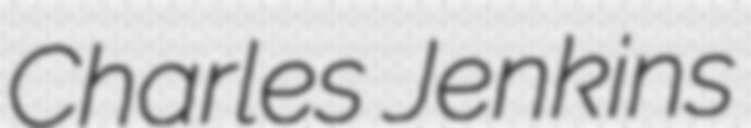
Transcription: Charles Jenkins